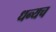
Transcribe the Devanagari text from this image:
धन्यच